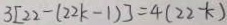
3 [ 2 2 - ( 2 2 k - 1 ) ] = 4 ( 2 2 - k )